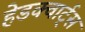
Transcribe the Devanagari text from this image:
हेडक्वार्ट्स